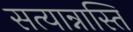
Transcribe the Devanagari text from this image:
सत्यान्नास्ति